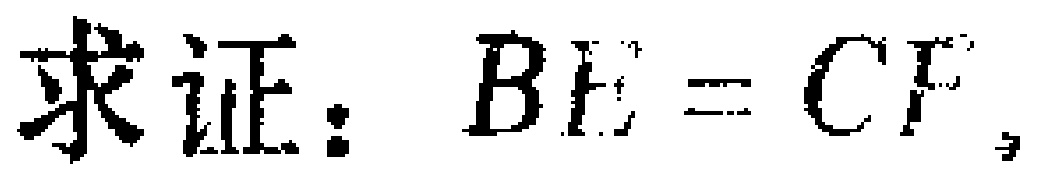
求证：$BE = CF$